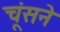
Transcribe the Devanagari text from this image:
चूंसने